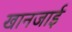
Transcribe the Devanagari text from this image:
खानजाई